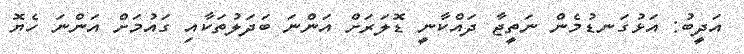
އަދީބު: އަޅުގަނޑުމެން ނަތީޖާ ދައްކާނީ ޑޮލަރަށް އަންނަ ބަދަލުތަކާއި ގައުމަށް އަންނަ ހެޔޮ